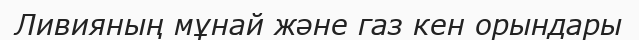
Ливияның мұнай және газ кен орындары